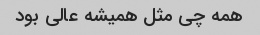
همه چی مثل همیشه عالی بود